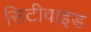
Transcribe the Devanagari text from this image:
सिटीवाइड